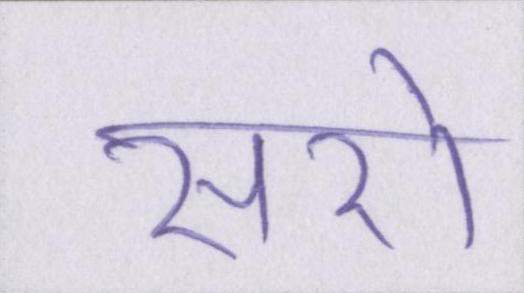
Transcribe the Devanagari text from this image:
सरो